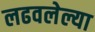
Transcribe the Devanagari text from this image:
लढवलेल्या